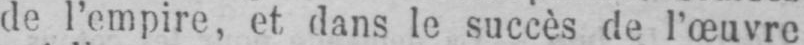
de l’empire, et dans le succès de l’œuvre